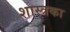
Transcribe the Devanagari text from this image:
शास्त्रका